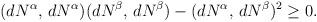
LaTeX: \begin{align*}(d N^\alpha,\,d N^\alpha)(d N^\beta,\,d N^\beta)-(d N^\alpha,\, d N^\beta)^2\geq 0.\end{align*}